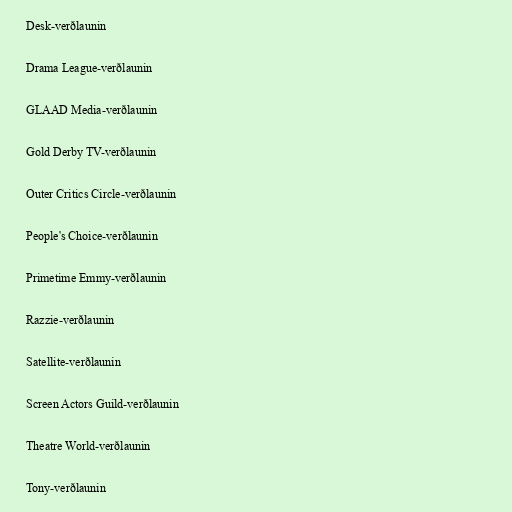
Desk-verðlaunin

Drama League-verðlaunin

GLAAD Media-verðlaunin

Gold Derby TV-verðlaunin

Outer Critics Circle-verðlaunin

People's Choice-verðlaunin

Primetime Emmy-verðlaunin

Razzie-verðlaunin

Satellite-verðlaunin

Screen Actors Guild-verðlaunin

Theatre World-verðlaunin

Tony-verðlaunin